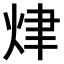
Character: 𤈠